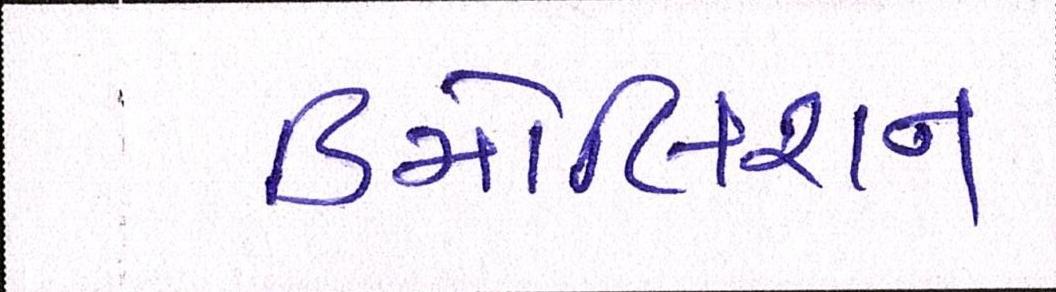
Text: ડિમોલિશન